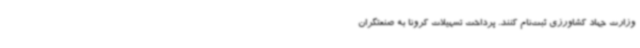
وزارت جهاد کشاورزی ثبت‌نام کنند. پرداخت تسهیلات کرونا به صنعتگران